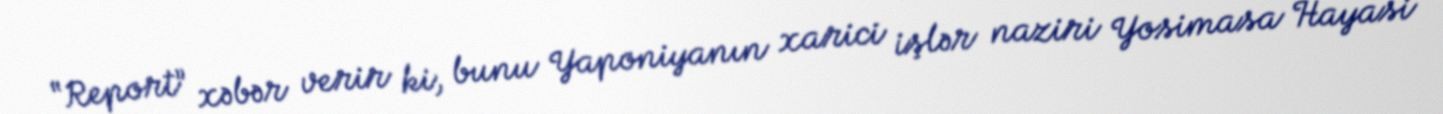
“Report” xəbər verir ki, bunu Yaponiyanın xarici işlər naziri Yosimasa Hayasi